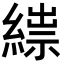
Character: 𦃒